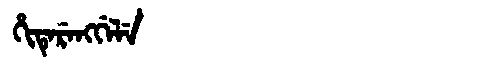
Manchu: ᡥᡳᡨᡝᡵᡝᠩᡤᡝᠯᡝ
Romanization: HITERENGGELE